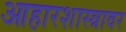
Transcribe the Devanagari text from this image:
आहारशास्त्रावर